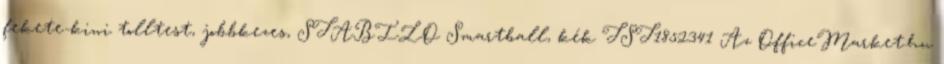
fekete-kiwi tolltest, jobbkezes, STABILO Smartball, kék TST1852341 Az OfficeMarket.hu